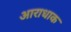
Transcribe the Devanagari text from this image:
आराधाक